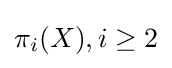
\pi _{i}(X),i\geq 2